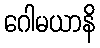
ဂေါမယာနိ